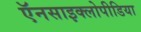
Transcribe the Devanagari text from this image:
ऍनसाइक्लोपीडिया